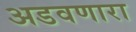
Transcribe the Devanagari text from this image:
अडवणारा